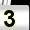
Digit: 3